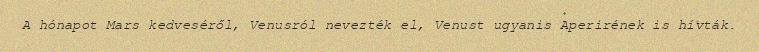
A hónapot Mars kedveséről, Venusról nevezték el, Venust ugyanis Aperirének is hívták.